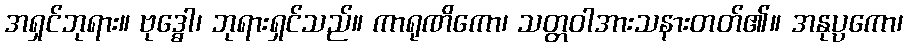
အရှင်ဘုရား။ ဗုဒ္ဓေါ၊ ဘုရားရှင်သည်။ ကာရုဏိကော၊ သတ္တဝါအားသနားတတ်၏။ အနုပ္ပကော၊